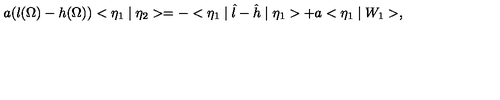
a ( l ( \Omega ) - h ( \Omega ) ) < \eta _ { 1 } \mid \eta _ { 2 } > = - < \eta _ { 1 } \mid \hat { l } - \hat { h } \mid \eta _ { 1 } > + a < \eta _ { 1 } \mid W _ { 1 } > ,